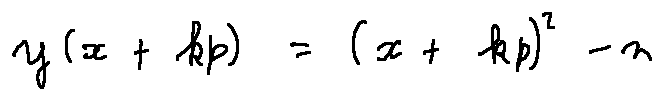
y ( x + k p ) = ( x + k p ) ^ { 2 } - n